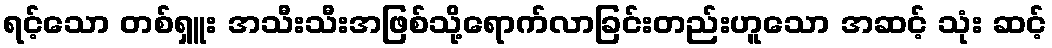
ရင့်သော တစ်ရှူး အသီးသီးအဖြစ်သို့ရောက်လာခြင်းတည်းဟူသော အဆင့် သုံး ဆင့်